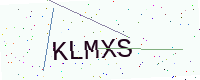
Text: KLMXS